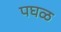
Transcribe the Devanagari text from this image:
पघळ